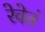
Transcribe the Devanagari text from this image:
रेवेतं